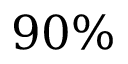
9 0 \%